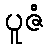
ပူဇံ